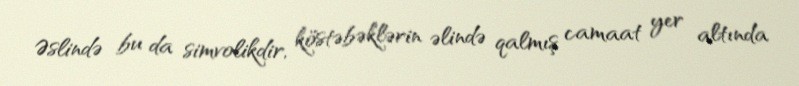
Əslində bu da simvolikdir, köstəbəklərin əlində qalmış camaat yer altında